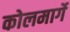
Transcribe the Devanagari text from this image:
कोलमार्गे